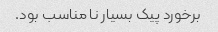
برخورد پیک بسیار نا مناسب بود.